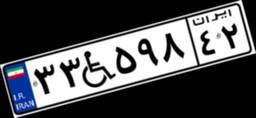
۵۳W۷۸۳۹۵